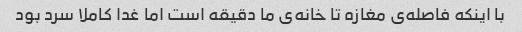
با اینکه فاصله‌ی مغازه تا خانه‌ی ما دقیقه است اما غدا کاملا سرد بود